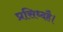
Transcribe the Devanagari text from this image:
प्रसिध्दहै।